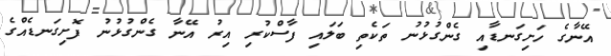
އޭނާގެ ހަށިގަނޑާއި ގެންގުޅުނު ތަކެތި ބަލައި ފާސްކުރި އިރު އޭނާ ގެންގުޅުނު ފޮށިގަނޑެއްގެ